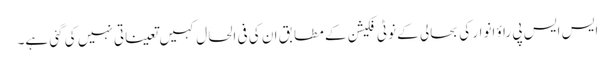
ایس ایس پی راؤ انوار کی بحالی کے نوٹی فکیشن کے مطابق ان کی فی الحال کہیں تعیناتی نہیں کی گئی ہے۔